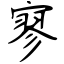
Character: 寥